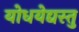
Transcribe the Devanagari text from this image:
योधयेद्यस्तु